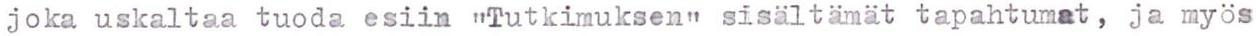
joka uskaltaa tuoda esiin "Tutkimuksen" sisältämät tapahtumat, ja myös